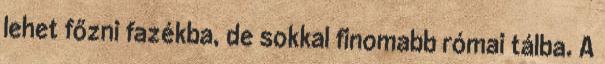
lehet főzni fazékba, de sokkal finomabb római tálba. A